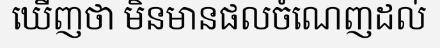
ឃើញថា មិនមានផលចំណេញដល់